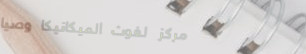
مركز لغوث الميكانيكا وصيا